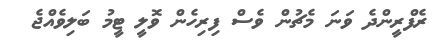
ރެފްރީންދެ ވަނަ މެޗުން ވެސް ފިރިހެން ވޮލީ ޓީމު ބަލިވެއްޖެ